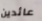
عائدين